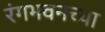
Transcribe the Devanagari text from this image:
रंगभवनच्या